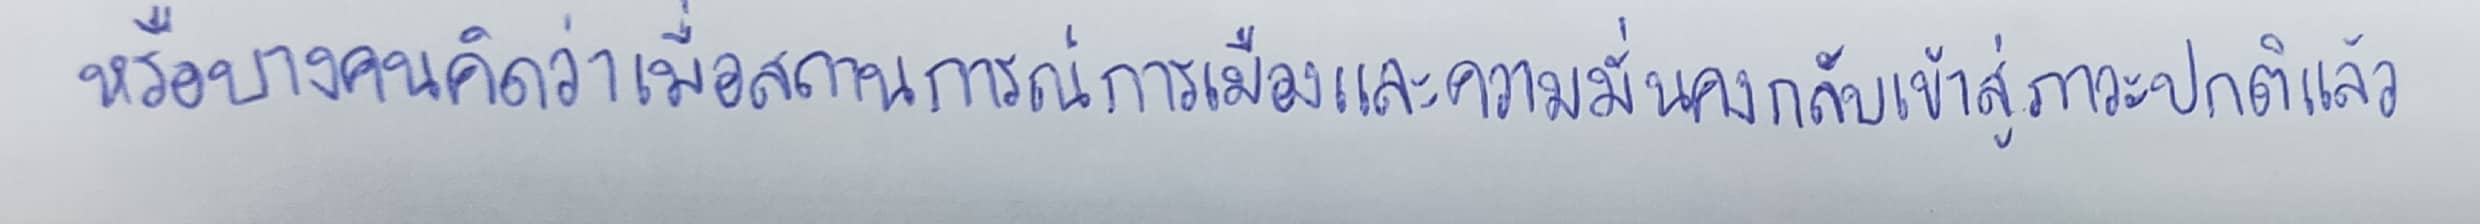
หรือบางคนคิดว่าเมื่อสถานการณ์การเมืองและความมั่นคงกลับเข้าสู่ภาวะปกติแล้ว